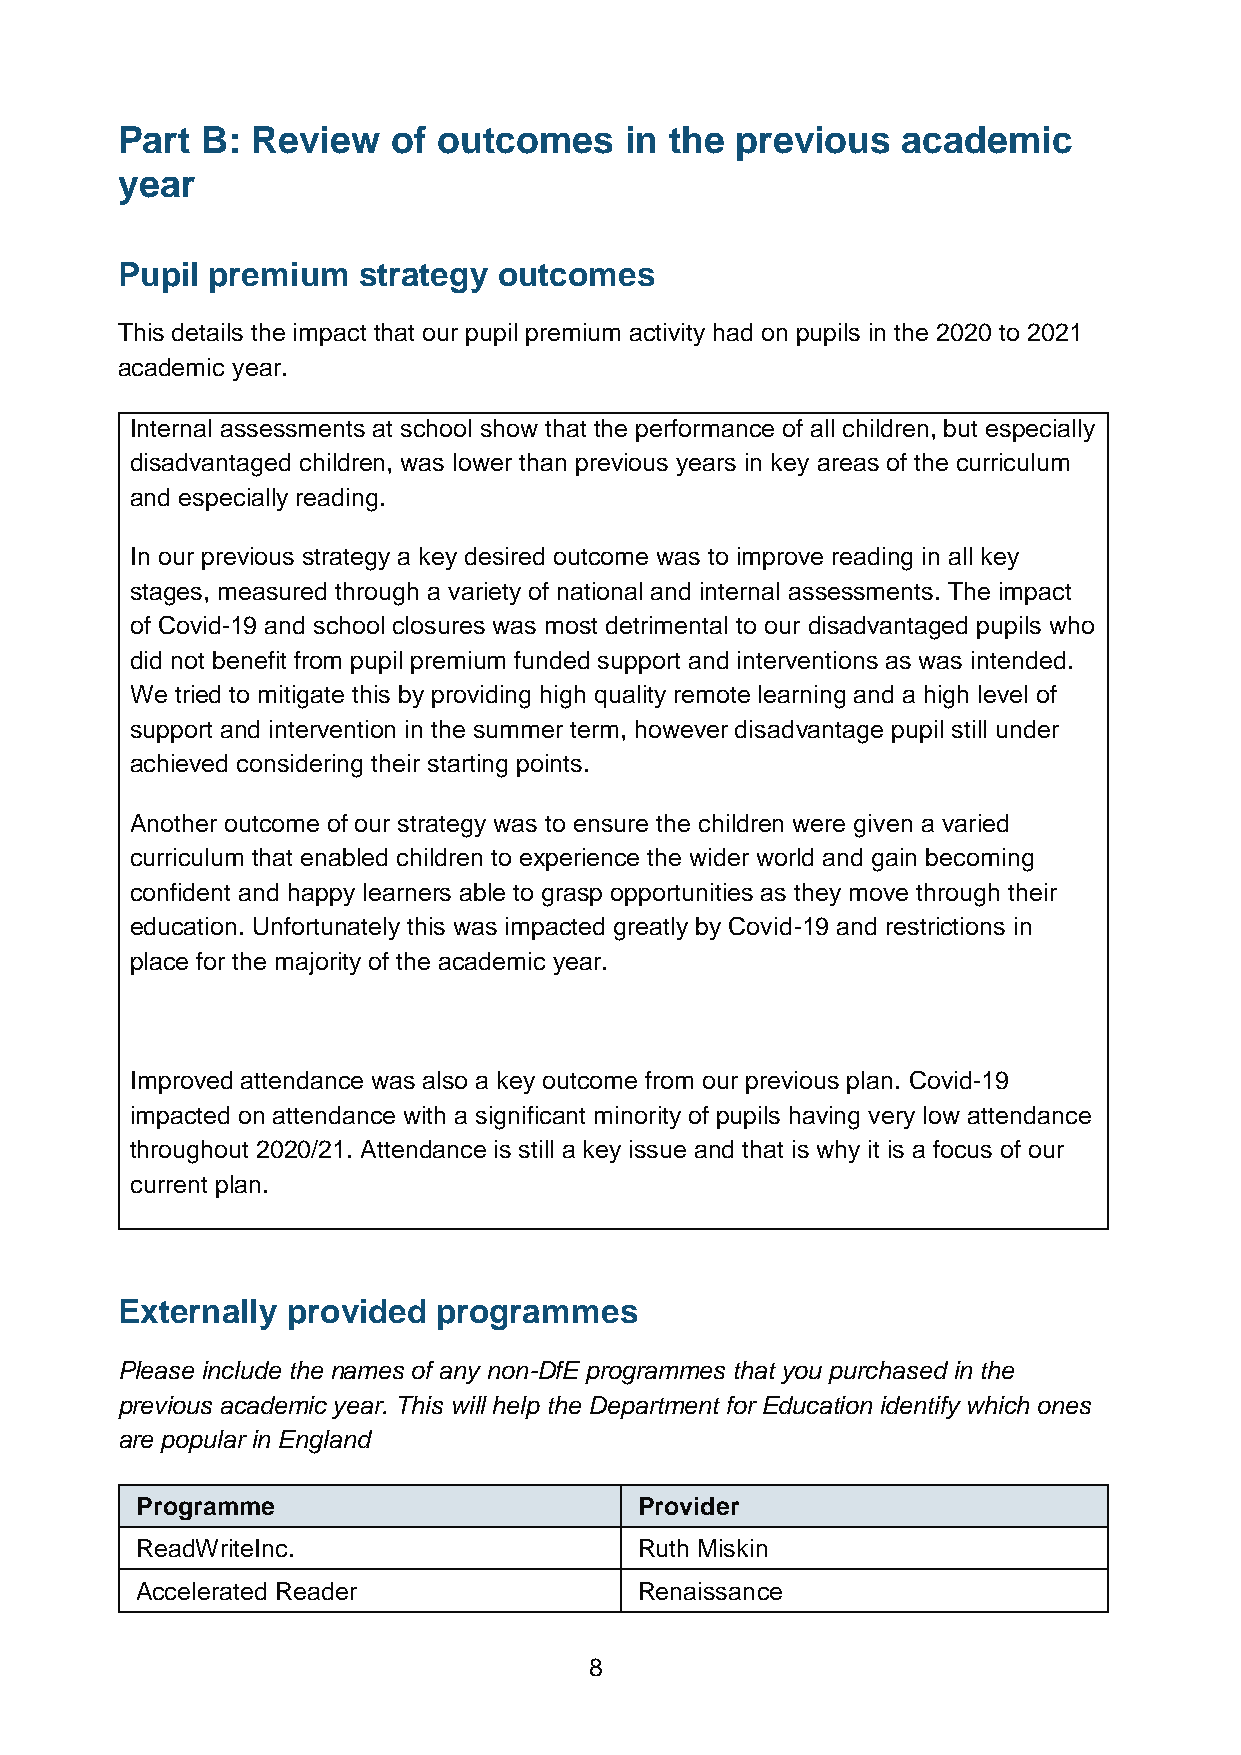
Part B:  Review   of outcomes    in the  previous   academic
 year
 Pupil premium   strategy outcomes
 This details the impact that our pupil premium activity had on pupils in the 2020 to 2021
 academic year.
 Internal assessments at school show that the performance of all children, but especially
 disadvantaged children, was lower than previous years in key areas of the curriculum
 and especially reading.
 In our previous strategy a key desired outcome was to improve reading in all key
 stages, measured through a variety of national and internal assessments. The impact
 of Covid-19 and school closures was most detrimental to our disadvantaged pupils who
 did not benefit from pupil premium funded support and interventions as was intended.
 We tried to mitigate this by providing high quality remote learning and a high level of
 support and intervention in the summer term, however disadvantage pupil still under
 achieved considering their starting points.
 Another outcome of our strategy was to ensure the children were given a varied
 curriculum that enabled children to experience the wider world and gain becoming
 confident and happy learners able to grasp opportunities as they move through their
 education. Unfortunately this was impacted greatly by Covid-19 and restrictions in
 place for the majority of the academic year.
 Improved attendance was also a key outcome from our previous plan. Covid-19
 impacted on attendance with a significant minority of pupils having very low attendance
 throughout 2020/21. Attendance is still a key issue and that is why it is a focus of our
 current plan.
 Externally provided  programmes
 Please include the names of any non-DfE programmes that you purchased in the
 previous academic year. This will help the Department for Education identify which ones
 are popular in England
 Programme                        Provider
 ReadWriteInc.                    Ruth Miskin
 Accelerated Reader               Renaissance
 8